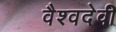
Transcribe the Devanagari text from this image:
वैश्वदेवी